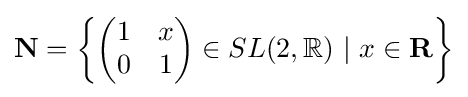
\mathbf {N} =\left\{{\begin{pmatrix}1&x\\0&1\end{pmatrix}}\in SL(2,\mathbb {R} )\ |\ x\in \mathbf {R} \right\}